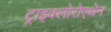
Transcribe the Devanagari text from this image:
ट्राइक्लोरोएथेन